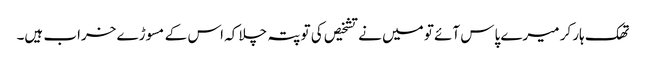
تھک ہار کر میرے پاس آئے تو میں نے تشخیص کی تو پتہ چلا کہ اس کے مسوڑے خراب ہیں۔